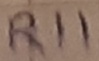
Text: R11